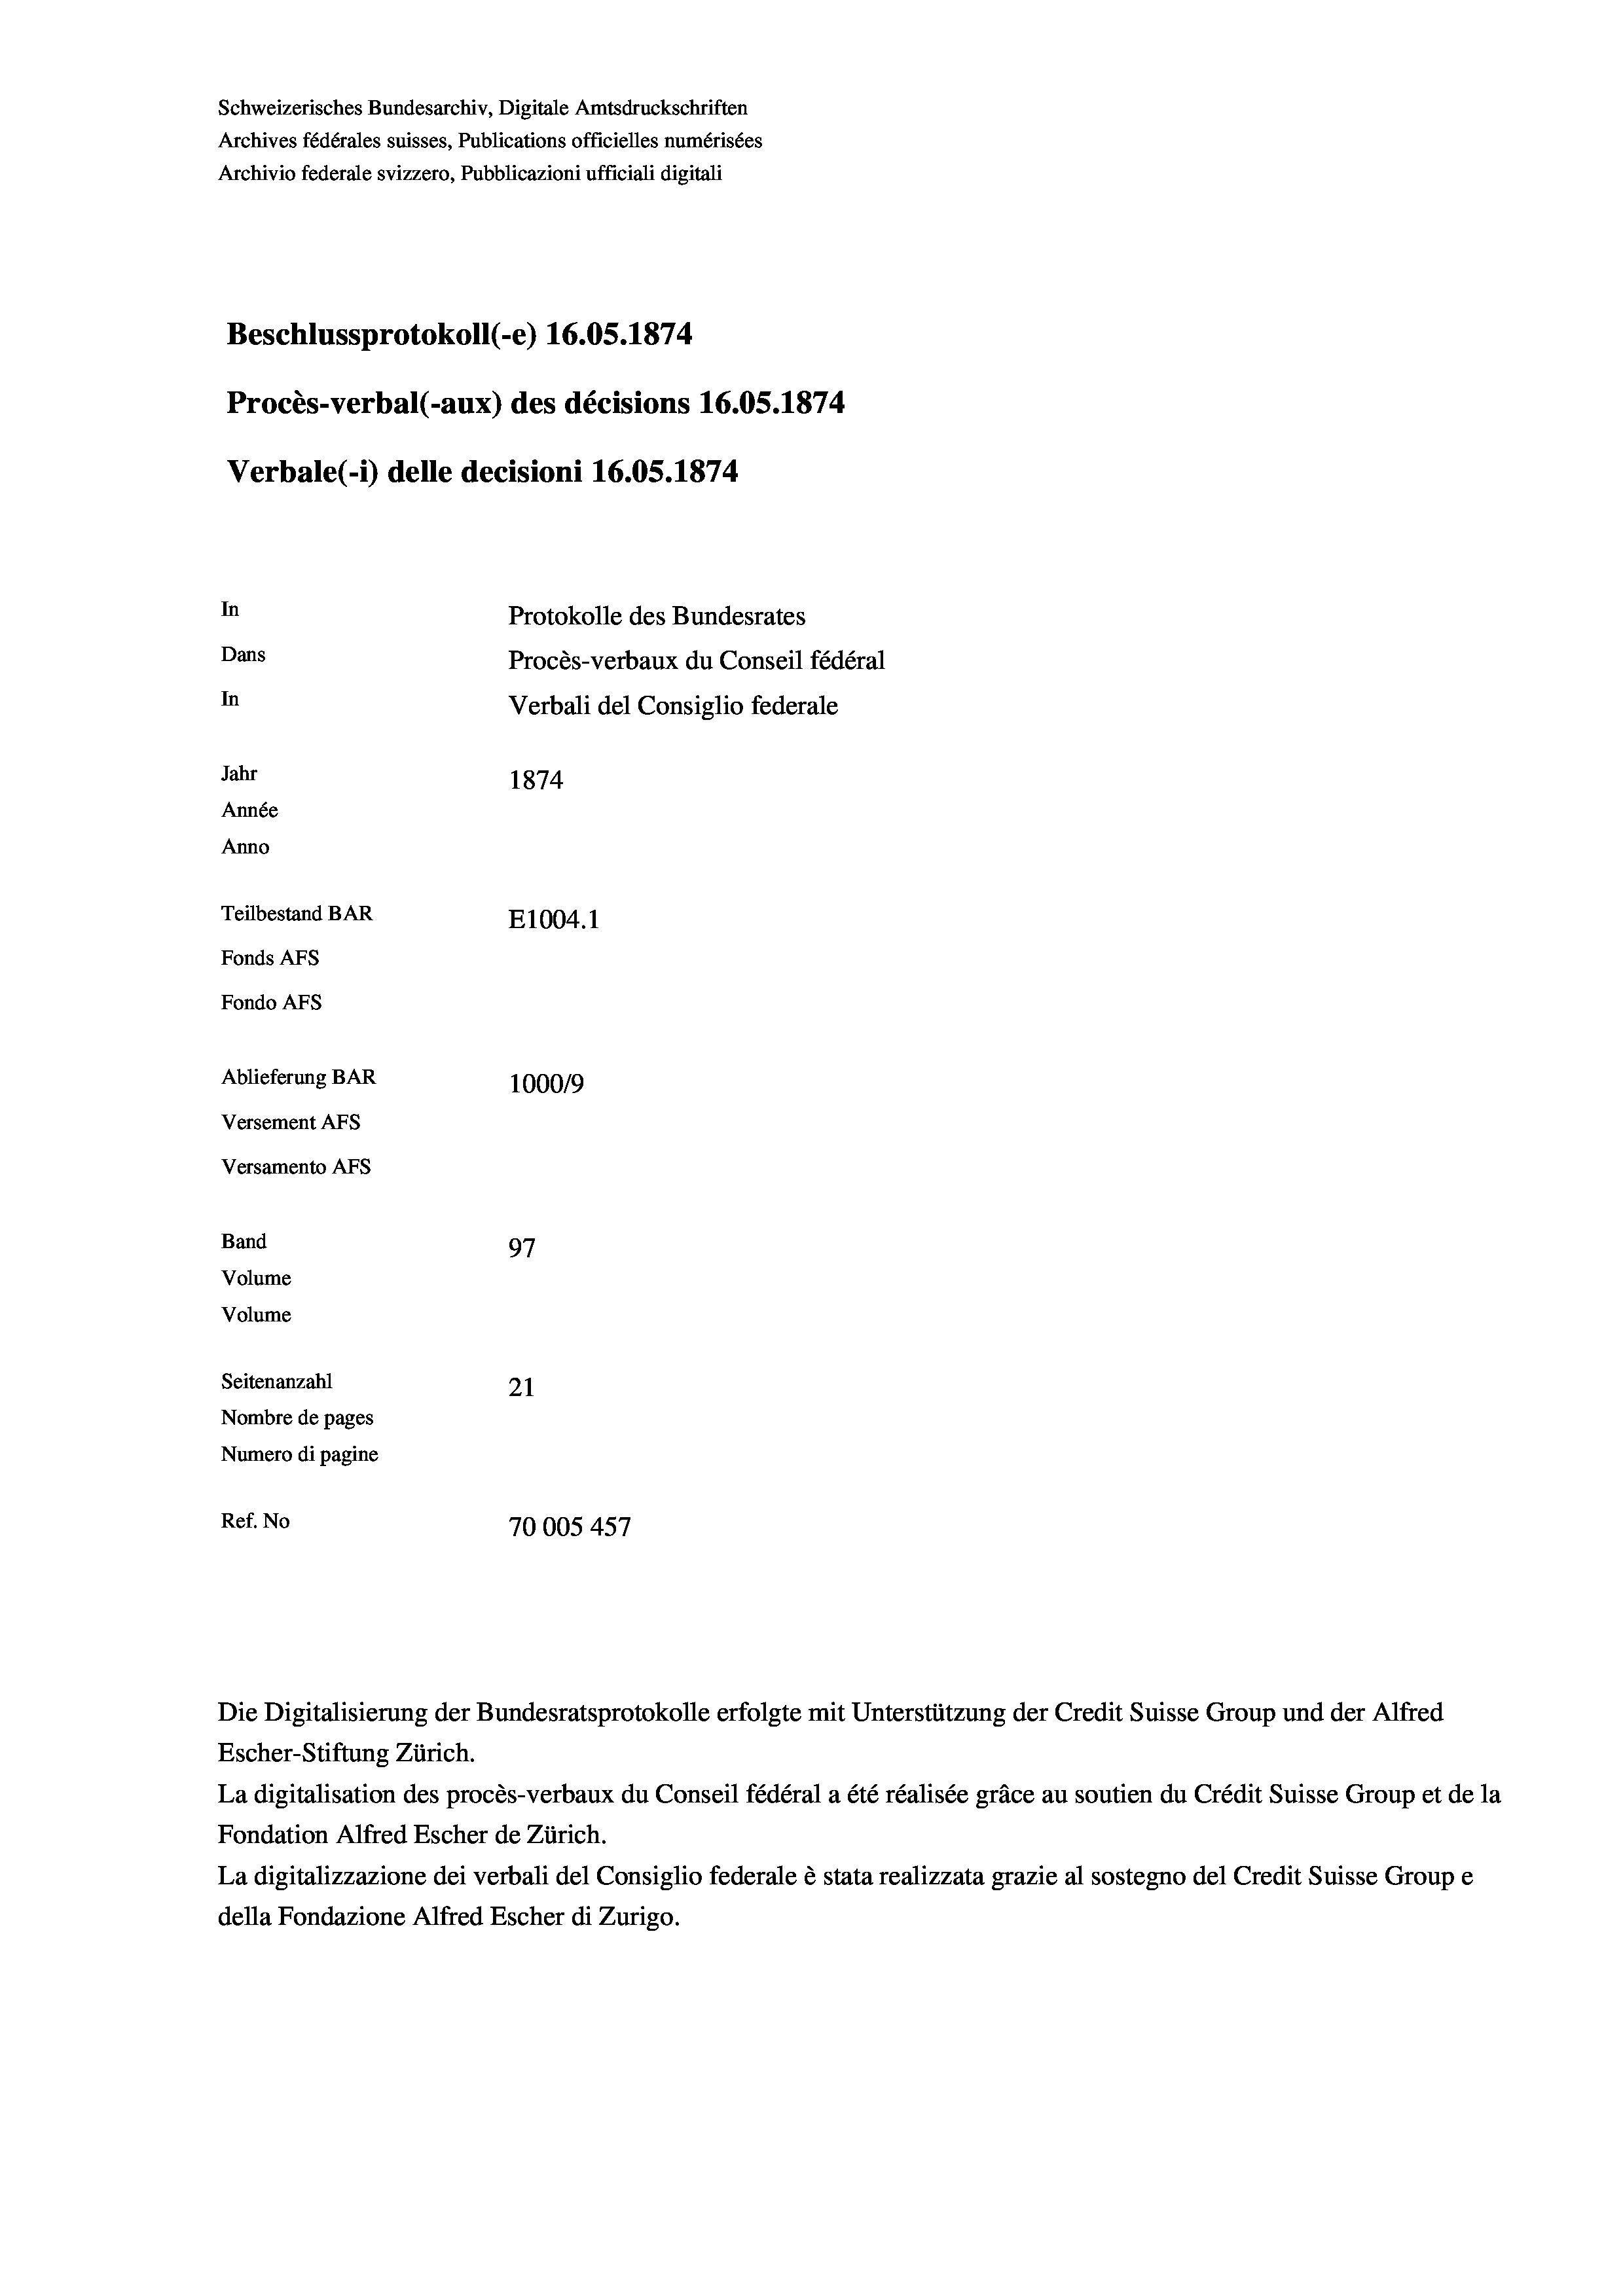
Schweizerisches Bundesarchiv, Digitale Amtsdruckschriften
Archives fédérales suisses, Publications officielles numérisées
Archivio federale svizzero, Pubblicazioni ufficiali digitali
Beschlussprotokoll (-e) 16.05. 1874
Procès-verbal (-aux) des décisions 16.05. 1874
Verbale(-*) delle decisioni 16.05. 1874
In
Protokolle des Bundesrates
Dans
Procès-verbaux du Conseil fédéral
In
Verbali del Consiglio federale
Jahr
1874
Année
Anno
Teilbestand BAR
E1004.1
Fonds Afs
Fondo AFs
Ablieferung BAR
1000/9
Versement Abs
Versamento AFs

Band
Volume

97
Volume
Seitenanzahl
21
Nombre de pages
Numero di pagine
Ref. No
70005 457

Die Digitalisierung der Bundesratsprotokolle erfolgte mit Unterstützung der Credit Suisse Group und der Alfred
Escher-Stiftung Zürich.
La digitalisation des procès-verbaux du Conseil fédéral a été réalisée gräce au soutien du Crédit Suisse Group et de la
Fondation Alfred Escher de Zürich.
La digitalizzazione dei verbali del Consiglio federale è stata realizzata grazie al sostegno del Credit Suisse Groupe
della Fondazione Alfred Escher di Zurigo.